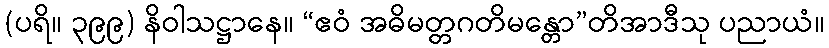
(ပရိ။ ၃၉၉) နိဝါသဋ္ဌာနေ။ “ဧဝံ အဓိမတ္တဂတိမန္တော”တိအာဒီသု ပညာယံ။